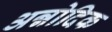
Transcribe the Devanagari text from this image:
अन्नोदिक